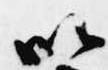
以